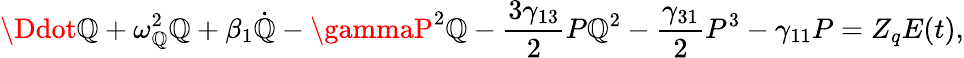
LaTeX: \Ddot{\mathbb{Q}}+\omega_{\mathbb{Q}}^{2}\mathbb{Q}+\beta_{1}\dot{{\mathbb{Q}}}-\gammaP^{2}\mathbb{Q}-\frac{{3\gamma_{13}}}{{2}}P\mathbb{Q}^{2}-\frac{{\gamma_{31}}}{{2}}P^{3}-\gamma_{11}P=Z_{q}E(t),